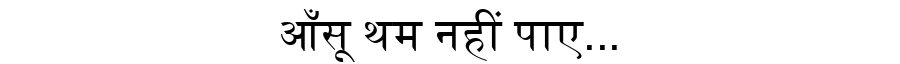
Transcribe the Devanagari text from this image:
आँसू थम नहीं पाए...